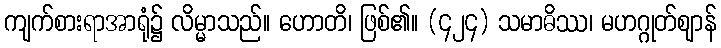
ကျက်စားရာအာရုံ၌ လိမ္မာသည်။ ဟောတိ၊ ဖြစ်၏။ (၄၂၄) သမာဓိဿ၊ မဟဂ္ဂုတ်ဈာန်